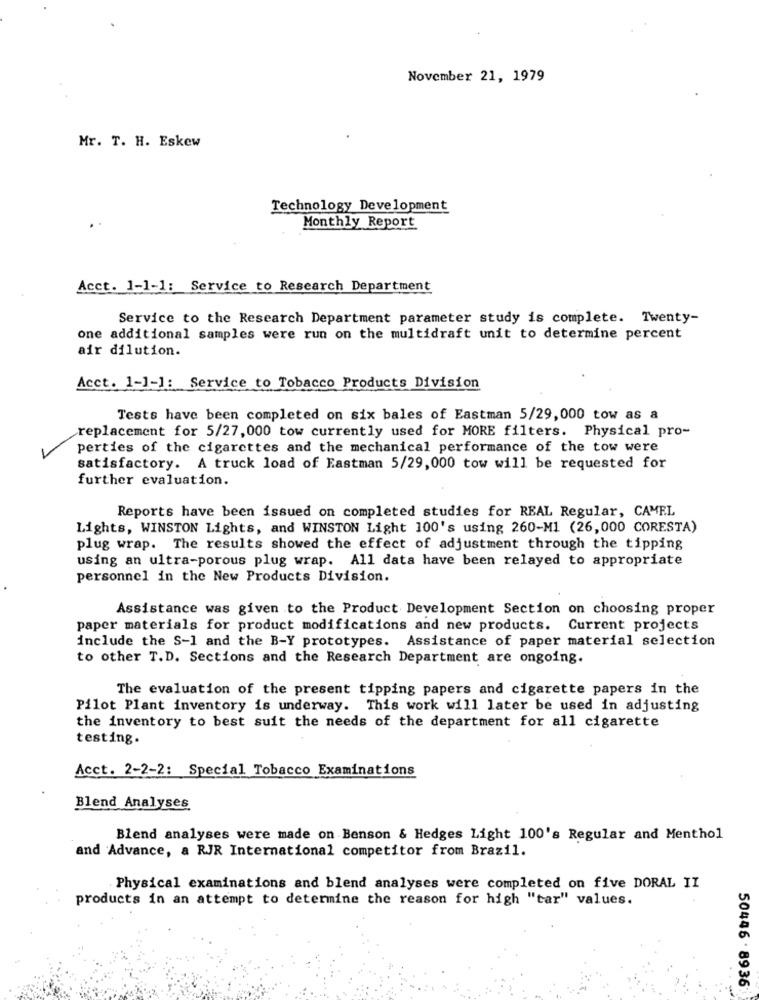
November 21, 1979
Mr. T. H. Eskew
Technology Development
Monthly Report
Acct. 1-1-1: Service to Research Department
Service to the Research Department parameter study is complete. Twenty-
one additional samples were run on the multidraft unit to determine percent
air dilution.
Acct. 1-1-]: Service to Tobacco Products Division
Tests have been completed on six bales of Eastman 5/29,000 tow as a
replacement for 5/27, 000 tow currently used for MORE filters. Physical pro-
perties of the cigarettes and the mechanical performance of the tow were
satisfactory. A truck load of Eastman 5/29,000 tow will be requested for
further evaluation.
Reports have been issued on completed studies for REAL Regular, CAMEL
Lights, WINSTON Lights, and WINSTON Light 100's using 260-M1 (26,000 CORESTA)
plug wrap. The results showed the effect of adjustment through the tipping
using an ultra-porous plug wrap. All data have been relayed to appropriate
personnel in the New Products Division.
Assistance was given to the Product Development Section on choosing proper
paper materials for product modifications and new products. Current projects
include the S-1 and the B-Y prototypes. Assistance of paper material selection
to other T.D. Sections and the Research Department are ongoing.
The evaluation of the present tipping papers and cigarette papers in the
Pilot Plant inventory is underway. This work will later be used in adjusting
the inventory to best suit the needs of the department for all cigarette
testing.
Acct. 2-2-2: Special Tobacco Examinations
Blend Analyses
Blend analyses were made on Benson & Hedges Light 100's Regular and Menthol
and Advance, a RJR International competitor from Brazil.
Physical examinations and blend analyses were completed on five DORAL II
products in an attempt to determine the reason for high "tar" values.
50446 . 8936